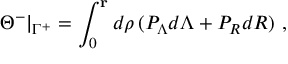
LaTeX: \Theta ^ { - } \vert _ { \Gamma ^ { + } } = \int _ { 0 } ^ { \mathbf r } d \rho \, ( P _ { \Lambda } d \Lambda + P _ { R } d R ) \ ,